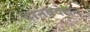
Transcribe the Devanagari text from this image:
दानवदलन